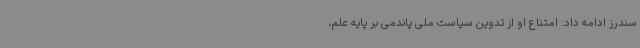
سندرز ادامه داد: امتناع او از تدوین سیاست ملی پاندمی بر پایه علم،